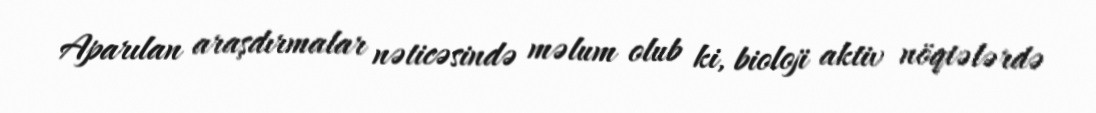
Aparılan araşdırmalar nəticəsində məlum olub ki, bioloji aktiv nöqtələrdə